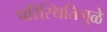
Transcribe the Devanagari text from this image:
परिस्थितिमुळे